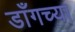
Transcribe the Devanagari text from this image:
डाँगच्या